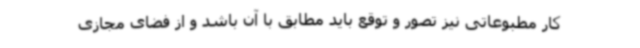
کار مطبوعاتی نیز تصور و توقع باید مطابق با آن باشد و از فضای مجازی